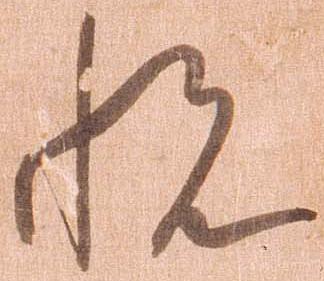
悦